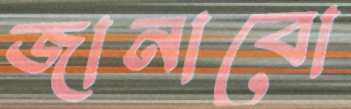
জানাবো